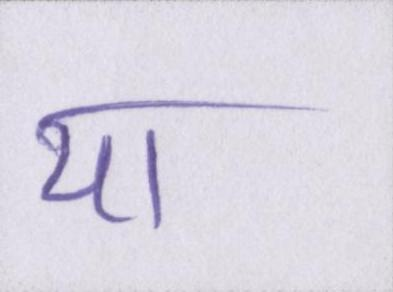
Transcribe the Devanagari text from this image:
या